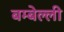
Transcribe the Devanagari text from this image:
बम्बेल्ली